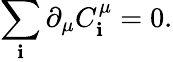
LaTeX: \sum_{\mathbf{i}}\partial_{\mu}C_{\mathbf{i}}^{\mu}=0.